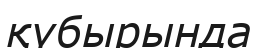
қүбырында